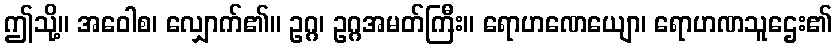
ဤသို့။ အဝေါစ၊ လျှောက်၏။ ဥဂ္ဂ၊ ဥဂ္ဂအမတ်ကြီး။ ရောဟဏေယျော၊ ရောဟဏသူဌေး၏